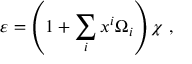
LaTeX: \varepsilon = \left( 1 + \sum _ { i } x ^ { i } \Omega _ { i } \right) \chi ~ ,